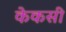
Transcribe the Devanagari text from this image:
केकसी